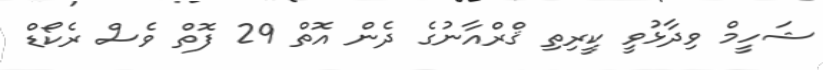
ޝަހީމް ވިދާޅުވީ ކީރިތި ޤްރްއާނުގެ ދެން އޮތް 29 ފޮތް ވެސް ރެކޯޑް